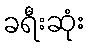
ခရီးဆုံး